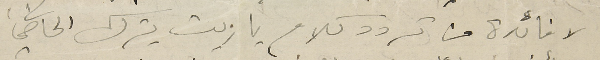
لا فائدة من تردد كلام يا ريت يترك الماضي